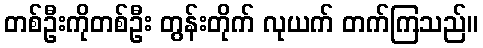
တစ်ဦးကိုတစ်ဦး တွန်းတိုက် လုယက် တက်ကြသည်။